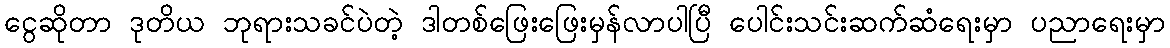
ငွေဆိုတာ ဒုတိယ ဘုရားသခင်ပဲတဲ့ ဒါတစ်ဖြေးဖြေးမှန်လာပါပြီ ပေါင်းသင်းဆက်ဆံရေးမှာ ပညာရေးမှာ